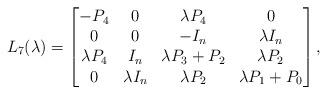
LaTeX: \begin{align*}L_7(\lambda)=\begin{bmatrix}-P_4 & 0 & \lambda P_4 & 0 \\0 & 0 & -I_n & \lambda I_n \\\lambda P_4 & I_n & \lambda P_3+P_2 & \lambda P_2 \\0 & \lambda I_n & \lambda P_2 & \lambda P_1+P_0\end{bmatrix},\end{align*}